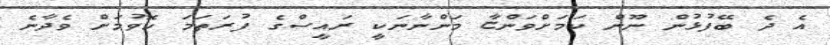
އެ ދެ ބޭފުޅުން ނޫން ކަމަަށްވަންޏާ މަންނާނަކީ ރައީސްގެ ފުރަތަމަ ހޮވުމަށް ވެދާނެ